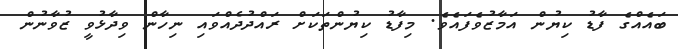
ބައެއްގެ ފާޑު ކިޔުން އަމާޒުވެފައެވެ. މިފާޑު ކިޔުންތަކަށް ރައްދުދެއްވައި ނިހާން ވިދާޅުވީ ޒުވާނުން